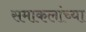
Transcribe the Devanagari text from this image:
समाकलांच्या